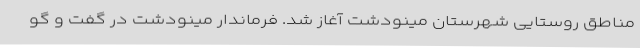
مناطق روستایی شهرستان مینودشت آغاز شد. فرماندار مینودشت در گفت و گو